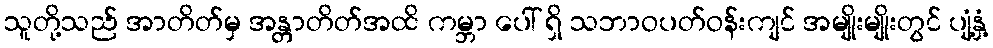
သူတို့သည် အာတိတ်မှ အန္တာတိတ်အထိ ကမ္ဘာ ပေါ် ရှိ သဘာဝပတ်ဝန်းကျင် အမျိုးမျိုးတွင် ပျံ့နှံ့